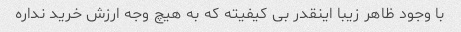
با وجود ظاهر زیبا اینقدر بی کیفیته که به هیچ وجه ارزش خرید نداره